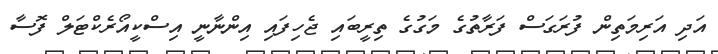
އަދި އަރިމަތިން ފުރަގަސް ފަރާތުގެ މަގުގެ ތިރީބައި ޖެހިފައި އިންނާނީ އިސްކީއޯރެކްޓަލް ފޮސާ